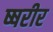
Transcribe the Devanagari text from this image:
ष्षरीर